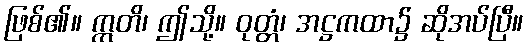
ဖြစ်၏။ ဣတိ၊ ဤသို့။ ဝုတ္တံ၊ အဋ္ဌကထာ၌ ဆိုအပ်ပြီ။